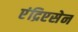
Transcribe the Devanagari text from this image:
एंद्रिएसेन